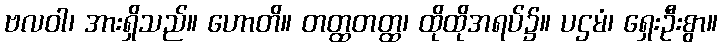
ဗလဝါ၊ အားရှိသည်။ ဟောတိ။ တတ္ထတတ္ထ၊ ထိုထိုအရပ်၌။ ပဌမံ၊ ရှေးဦးစွာ။